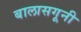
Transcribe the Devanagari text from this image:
बालासगूनी